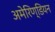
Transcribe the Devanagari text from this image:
अमेरिण्डियन